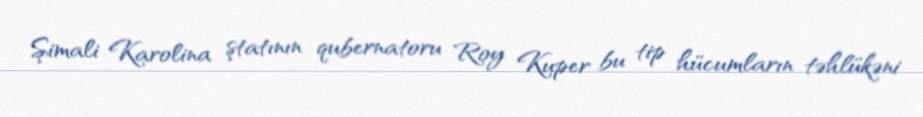
Şimali Karolina ştatının qubernatoru Roy Kuper bu tip hücumların təhlükəni